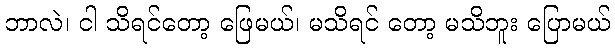
ဘာလဲ၊ ငါ သိရင်တော့ ဖြေမယ်၊ မသိရင် တော့ မသိဘူး ပြောမယ်